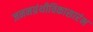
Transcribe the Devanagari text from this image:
जननग्रंथीविकासारंभ